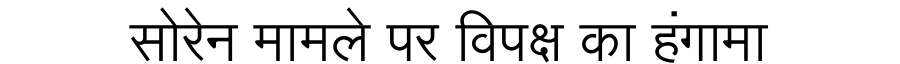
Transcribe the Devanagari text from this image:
सोरेन मामले पर विपक्ष का हंगामा